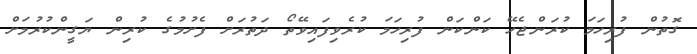
ގޮތުން ފުރިހަމަ ކުރަންޖެހޭ ކަންކަން ފުރިހަމަ ކުރެވިފައިވޭތޯ ދަތުރަށް ފެށުމުގެ ކުރިން ޔަގީންކުރުމަށް